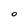
Character: O